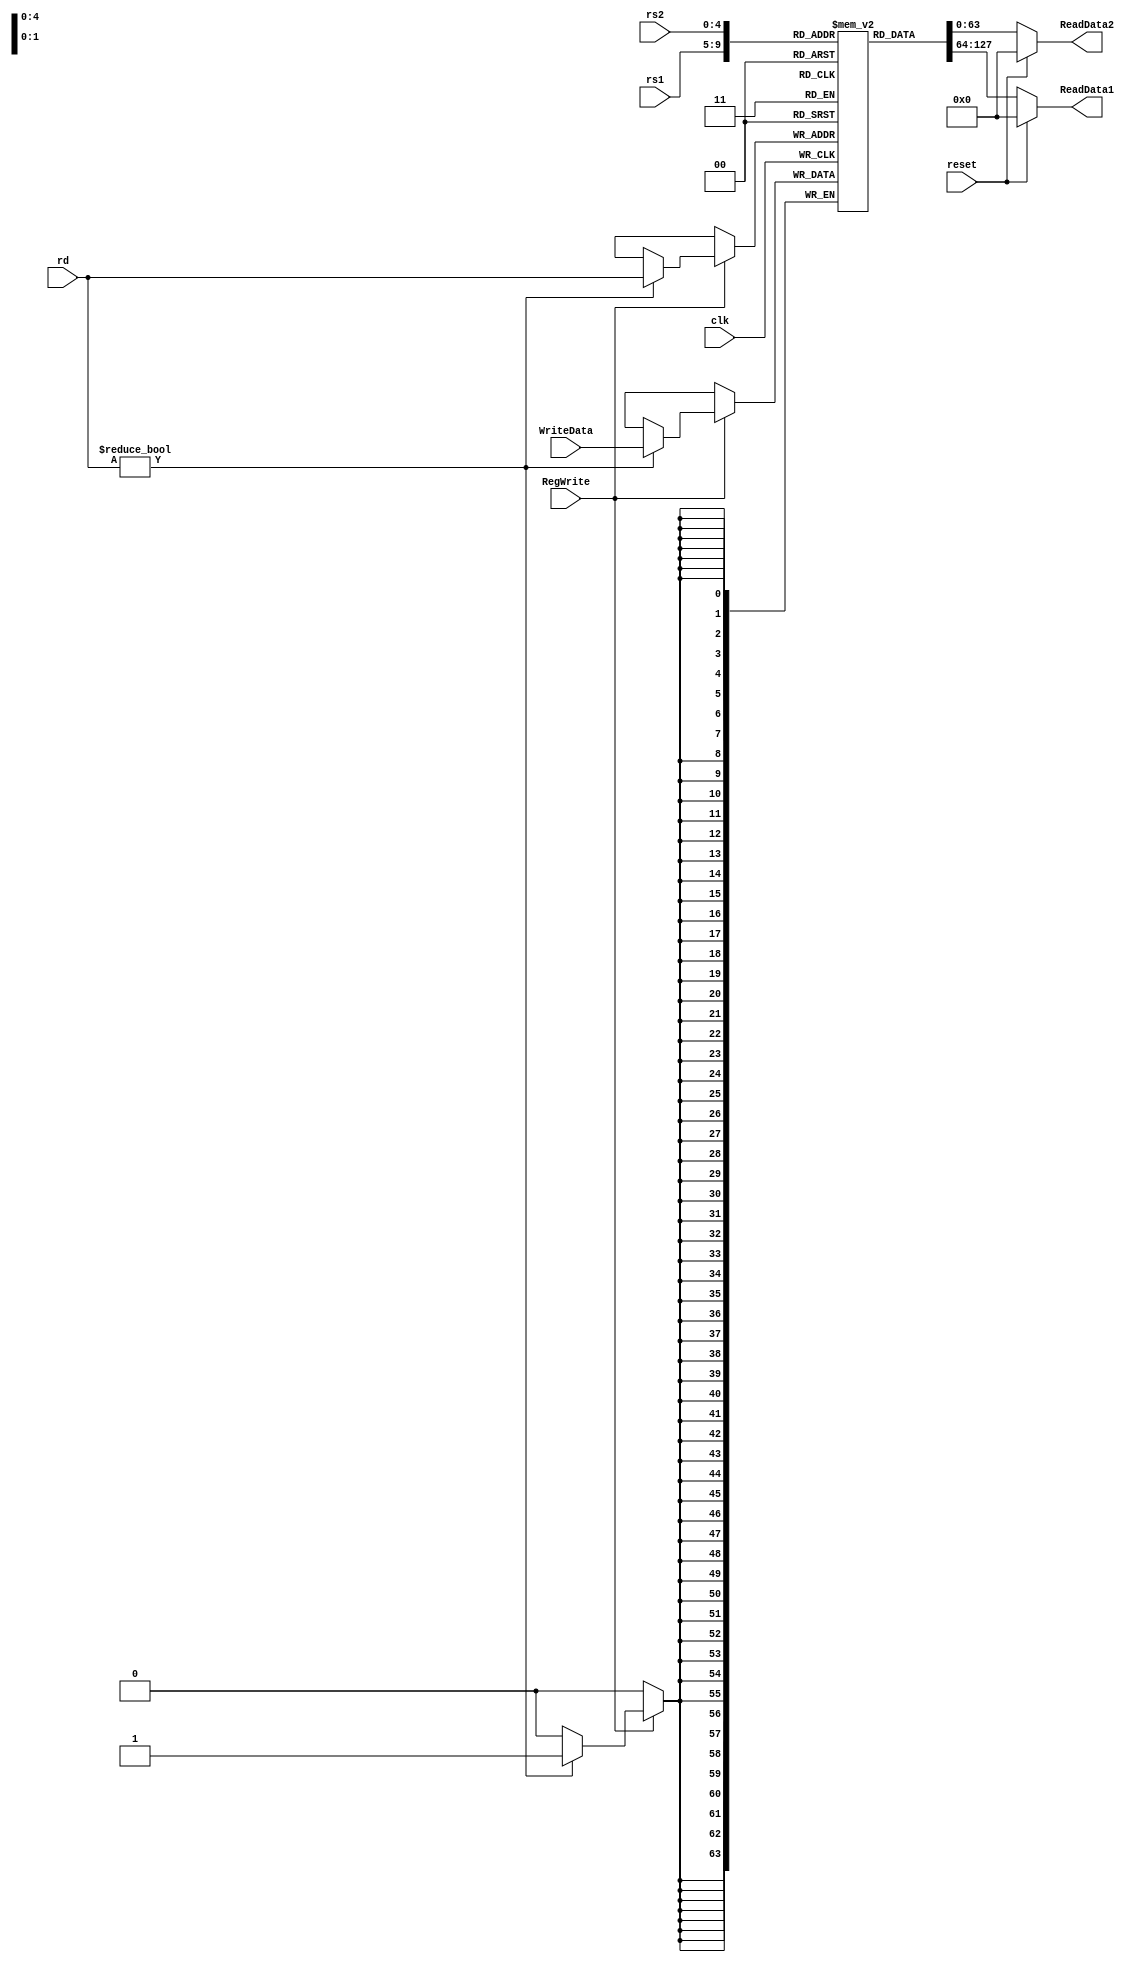
module registerFile(
  input [63:0] WriteData,
  input [4:0] rs1,rs2,rd,
  input RegWrite, clk, reset,
  output reg [63:0] ReadData1, ReadData2
);
  
  reg [63:0] Registers [31:0];
  
  initial
    begin
      Registers[0] = 64'd0;
        Registers[1] = 64'd7138883470783448159;
        Registers[2] = 64'd9763145207577667706;
        Registers[3] = 64'd6293896135913060535;
        Registers[4] = 64'd6260099461516053998;
        Registers[5] = 64'd7136785504097059262;
        Registers[6] = 64'd14065999086358341513;
        Registers[7] = 64'd14908608823181779981;
        Registers[8] = 64'd7365214781091340317;
        Registers[9] = 64'd13975010813602376110;
        Registers[10] = 64'd11621949213182458886;
        Registers[11] = 64'd2071134933028613594;
        Registers[12] = 64'd3456377842939970587;
        Registers[13] = 64'd7390959050995462543;
        Registers[14] = 64'd14162411392962599656;
        Registers[15] = 64'd3512186986093756555;
        Registers[16] = 64'd17691795190376499309;
        Registers[17] = 64'd1783844361158560572;
        Registers[18] = 64'd13507537634546657600;
        Registers[19] = 64'd15996971091558857544;
        Registers[20] = 64'd15255136650059504645;
        Registers[21] = 64'd10526949590037935917;
        Registers[22] = 64'd17872225498303048539;
        Registers[23] = 64'd2874982605975916557;
        Registers[24] = 64'd7411108208514119842;
        Registers[25] = 64'd14853344336046842246;
        Registers[26] = 64'd2418671995977951797;
        Registers[27] = 64'd11391242381695777877;
        Registers[28] = 64'd8053939828690769675;
        Registers[29] = 64'd18233285171655171520;
        Registers[30] = 64'd1619613847997206267;
        Registers[31] = 64'd15097209827503586206;
    end
  
  always @ (posedge clk) begin
    if (RegWrite == 1'b1) begin
      if (rd!=5'b0) begin
      		Registers[rd] = WriteData;
      end
    end
  end
  
  always @ (*) begin
      if (reset) begin
        ReadData1 = 64'b0;
        ReadData2 = 64'b0;
      end
    else begin
      ReadData1 = Registers[rs1];
      ReadData2 = Registers[rs2];
    end
  end
  
endmodule